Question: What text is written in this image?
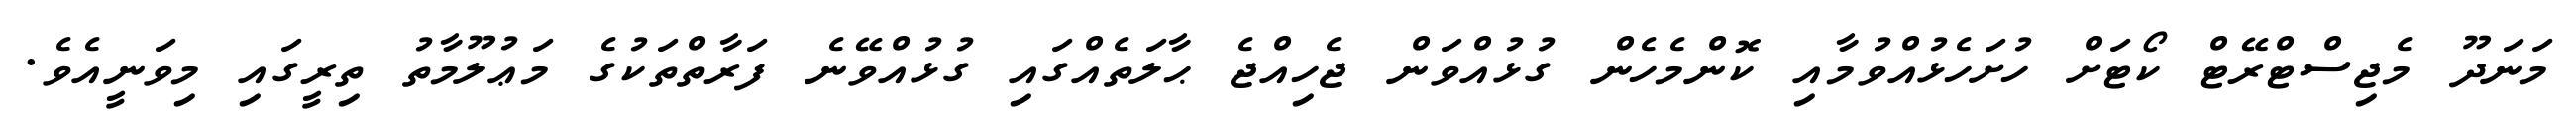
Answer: މަނަދޫ މެޖިސްޓްރޭޓް ކޯޓަށް ހުށަހެޅުއްވުމާއި ކޮންމެހެން ގުޅުއްވަން ޖެހިއްޖެ ޙާލަތެއްގައި ގުޅުއްވޭނެ ފަރާތްތަކުގެ މަޢުލޫމާތު ތިރީގައި މިވަނީއެވެ.